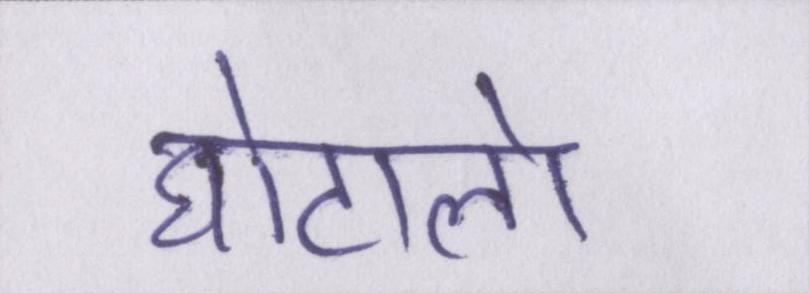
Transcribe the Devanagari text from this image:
घोटालो